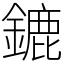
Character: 鏕